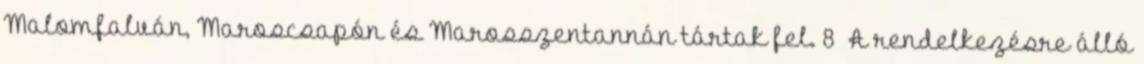
Malomfalván, Maroscsapón és Marosszentannán tártak fel. 8 A rendelkezésre álló